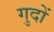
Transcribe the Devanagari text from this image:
गुदों